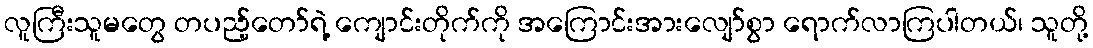
လူကြီးသူမတွေ တပည့်တော်ရဲ့ ကျောင်းတိုက်ကို အကြောင်းအားလျော်စွာ ရောက်လာကြပါတယ်၊ သူတို့